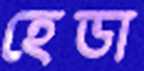
হেডা